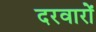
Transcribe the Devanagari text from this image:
दरवारों